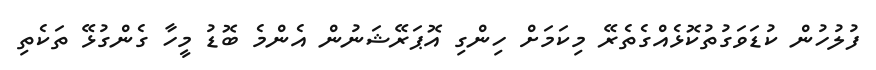
ފުލުހުން ކުޑަވަގުތުކޮޅެއްގެތެރޭ މިކަމަށް ހިންގި އޮޕަރޭޝަނުން އެންމެ ބޮޑު މީހާ ގެންގުޅޭ ތަކެތި